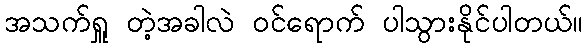
အသက်ရှူ တဲ့အခါလဲ ဝင်ရောက် ပါသွားနိုင်ပါတယ်။